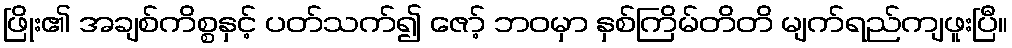
ဖြိုး၏ အချစ်ကိစ္စနှင့် ပတ်သက်၍ ဇော့် ဘဝမှာ နှစ်ကြိမ်တိတိ မျက်ရည်ကျဖူးပြီ။